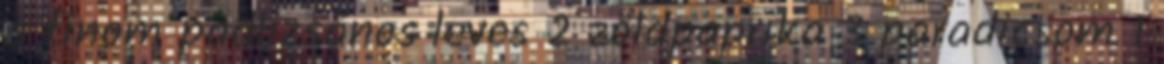
a finom padlizsános leves 2 zöldpaprika 3 paradicsom 1